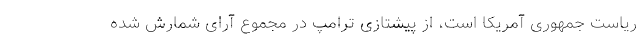
ریاست جمهوری آمریکا است، از پیشتازی ترامپ در مجموع آرای شمارش شده